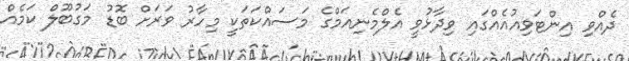
ދެއްވި އިންޓަވިއުއެއްގައި ވިދާޅުވީ އެލްމެނިއަމްގެ މަސައްކަތަކީ މިހާރު ވަރަށް ބޮޑު މަގުބޫލް ކަމެއް